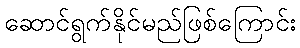
ဆောင်ရွက်နိုင်မည်ဖြစ်ကြောင်း